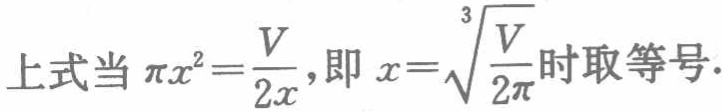
上式当 \(\pi x^{2}=\frac{V}{2x}\)，即 \(x = \sqrt[3]{\frac{V}{2\pi}}\) 时取等号.